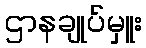
ဌာနချုပ်မှူး